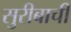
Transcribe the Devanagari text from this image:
सुरीबाची